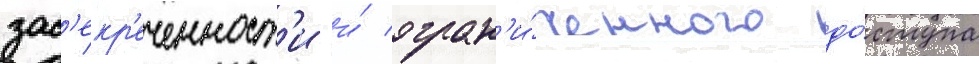
зас'екр'еченност'и и́ огран'и́ченного до́ступа